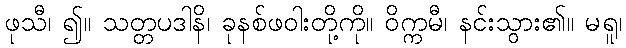
ဖုသီ၊ ၍။ သတ္တပဒါနိ၊ ခုနစ်ဖဝါးတို့ကို။ ဝိက္ကမီ၊ နင်းသွား၏။ မရူ၊